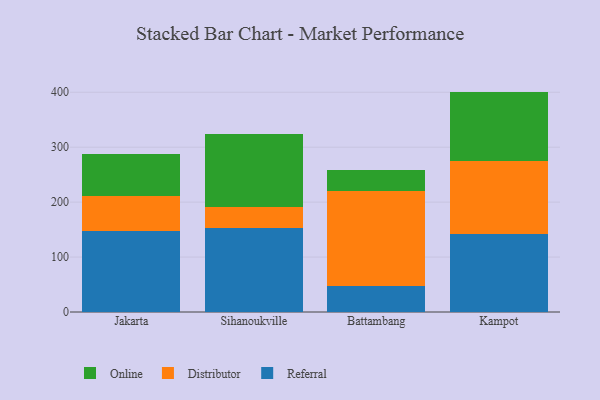
{"axis": {"x": "City", "y": "Shipments"}, "legend": ["Distributor", "Online", "Referral"], "data": [{"x": "Jakarta", "y": 146.7, "type": "Referral"}, {"x": "Jakarta", "y": 64.5, "type": "Distributor"}, {"x": "Jakarta", "y": 76.4, "type": "Online"}, {"x": "Sihanoukville", "y": 153.0, "type": "Referral"}, {"x": "Sihanoukville", "y": 38.4, "type": "Distributor"}, {"x": "Sihanoukville", "y": 133.1, "type": "Online"}, {"x": "Battambang", "y": 48.1, "type": "Referral"}, {"x": "Battambang", "y": 172.8, "type": "Distributor"}, {"x": "Battambang", "y": 37.7, "type": "Online"}, {"x": "Kampot", "y": 141.1, "type": "Referral"}, {"x": "Kampot", "y": 133.8, "type": "Distributor"}, {"x": "Kampot", "y": 126.3, "type": "Online"}]}